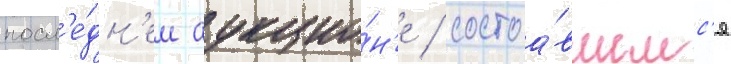
посл'е́дн'ем аукцио́н'е / состоа́вшемс'я